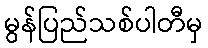
မွန်ပြည်သစ်ပါတီမှ